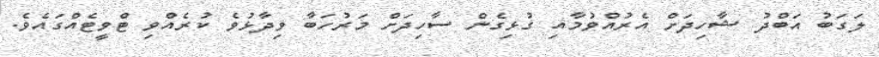
ލަގަބު އަބްދު ޝާހިދަށް އެރުއްވުމާއި ގުޅިގެން ސާހިދަށް މަރުހަބާ ވިދާޅުވެ ކުރެއްވި ޓްވީޓެއްގައެވެ.